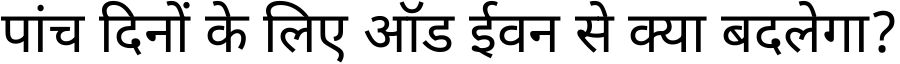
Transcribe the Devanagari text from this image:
पांच दिनों के लिए ऑड ईवन से क्या बदलेगा?